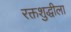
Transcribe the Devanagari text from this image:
रक्तशुद्धीला